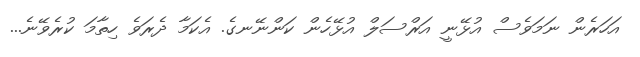
އަހަރެން ނަމަވެސް އުޅޭނީ އަރްސަލް އުޅޭހެން ކަންނޭނގެ. އެކަމާ ދެރަވެ ހިތާމަ ކުރެވޭނެ...